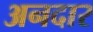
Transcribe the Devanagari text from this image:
अनदार